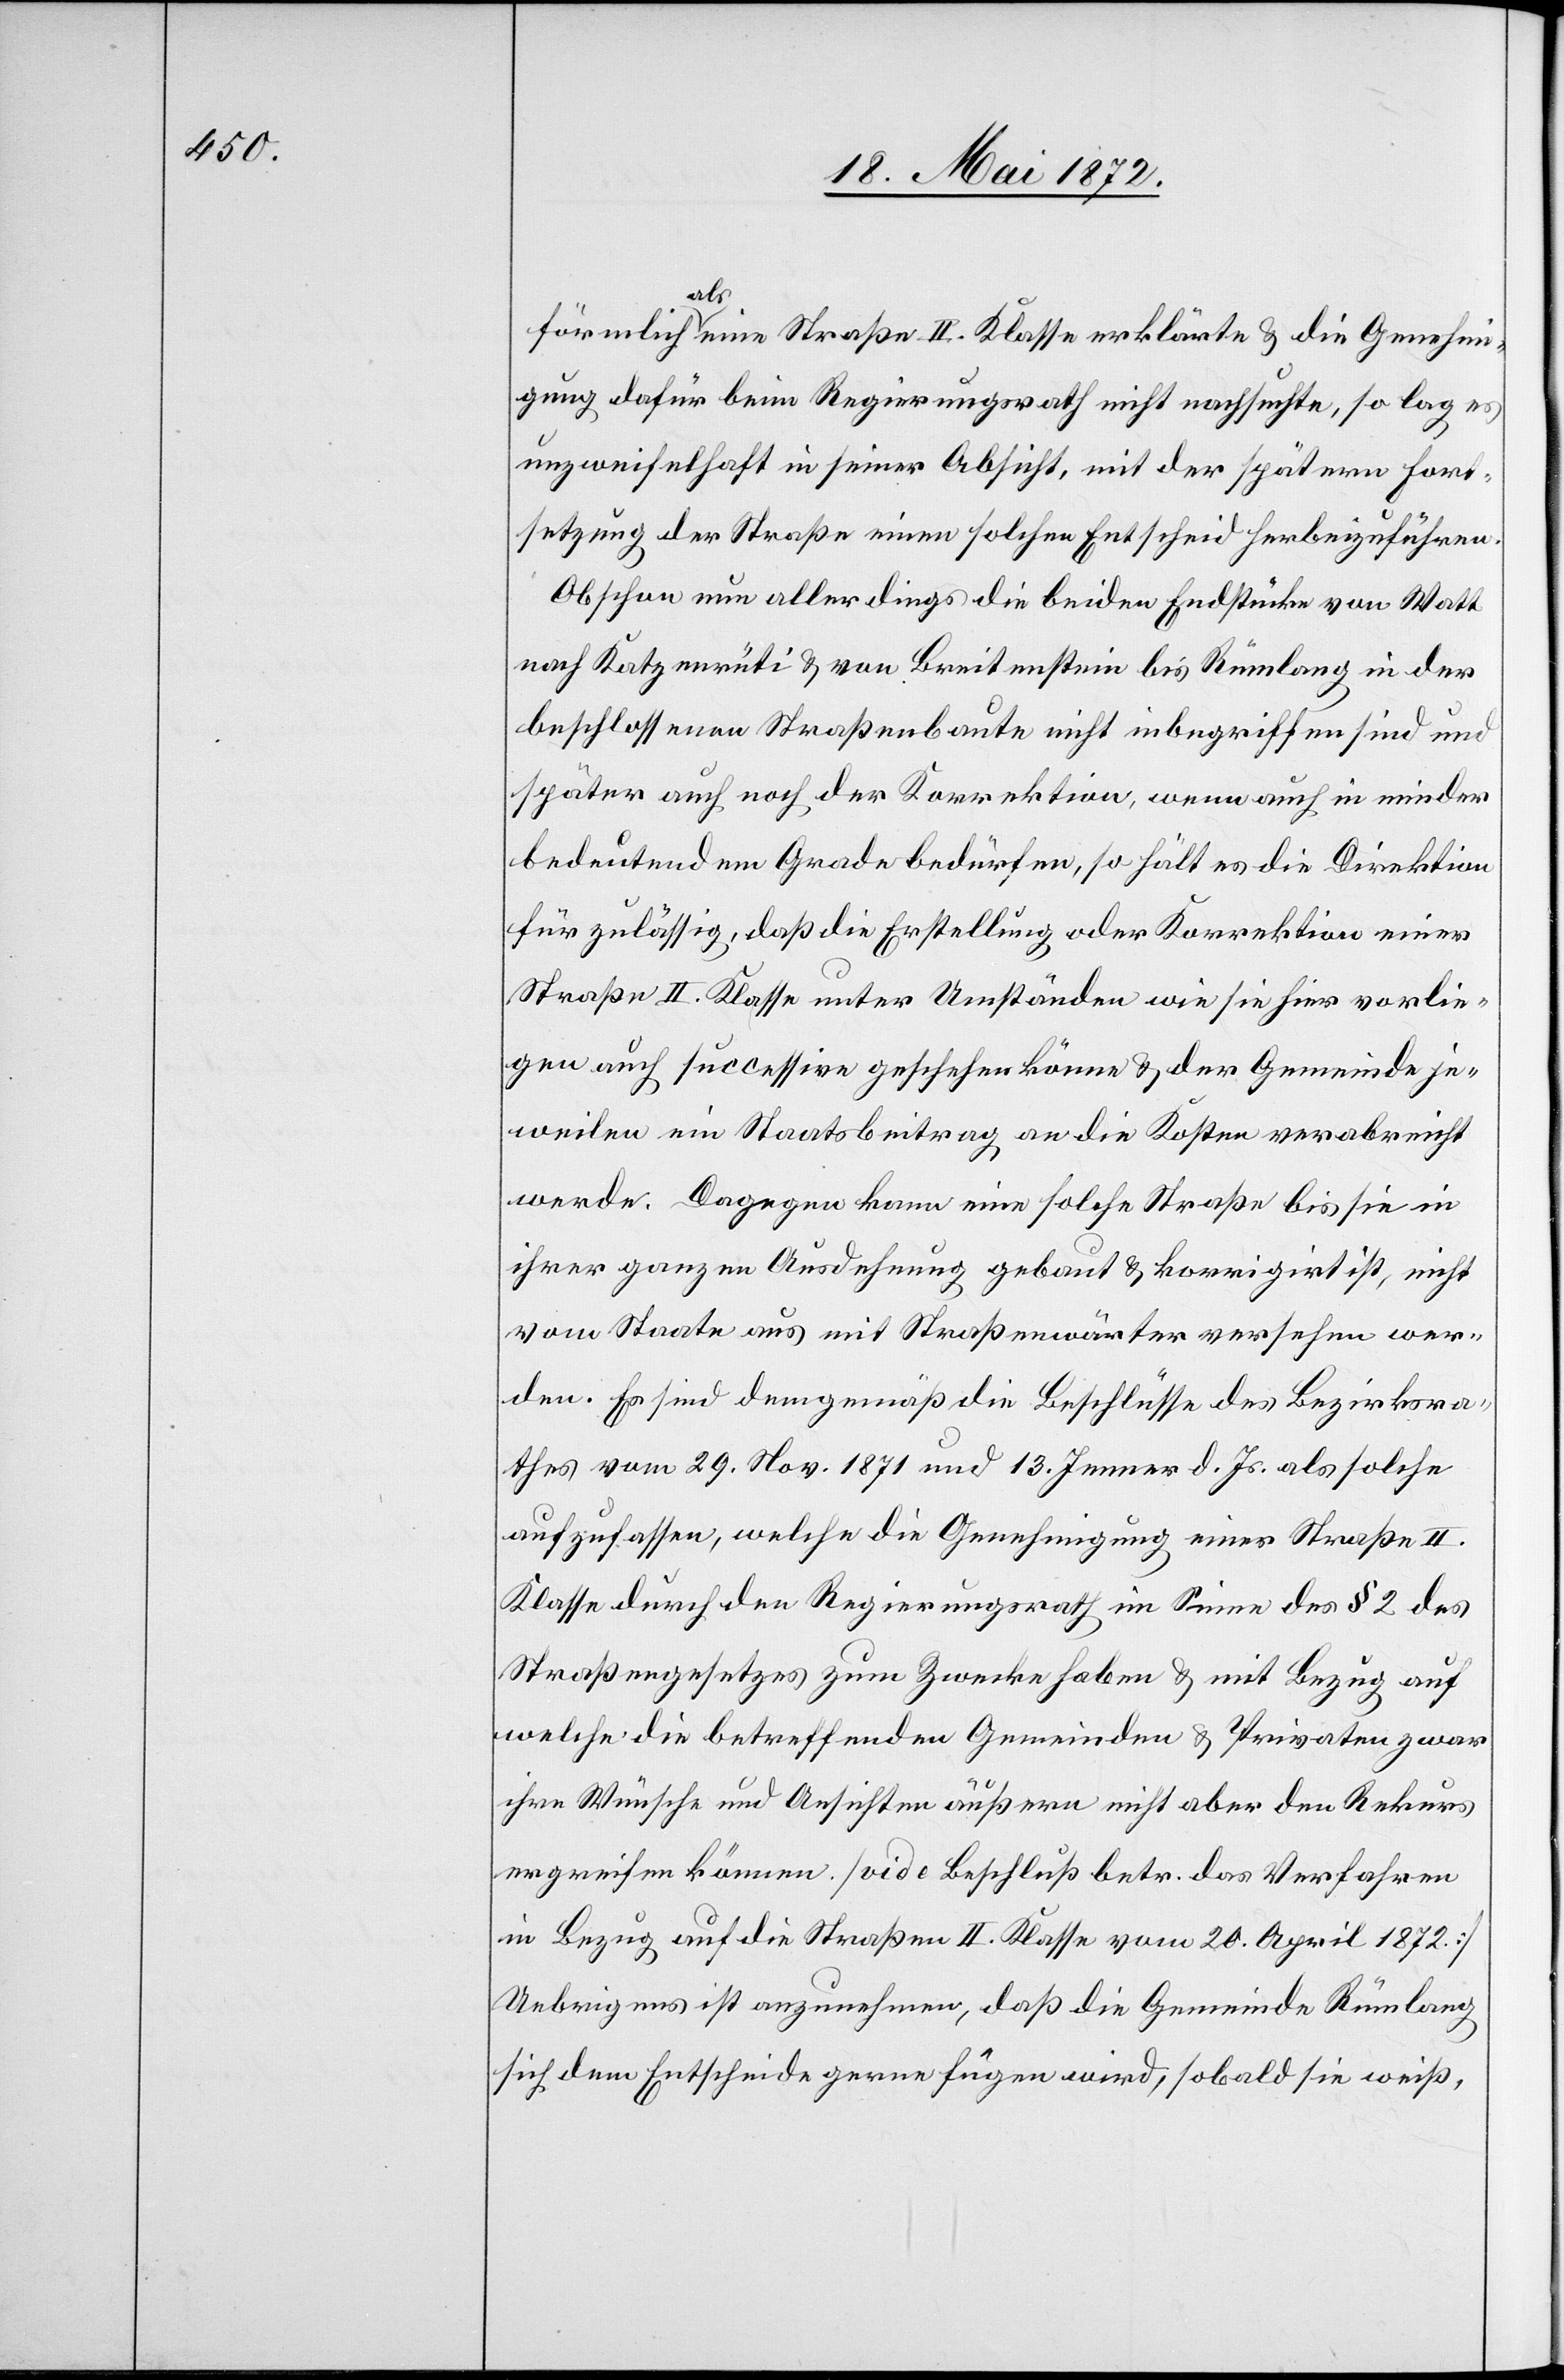
förmlich als eine Straße II. Klasse erklärte u. die Genehmi¬
gung dafür beim Regierungsrath nicht nachsuchte, so lag es
unzweifelhaft in seiner Absicht, mit der spätern Fort¬
setzung der Straße einen solchen Entscheid herbeizuführen.
Obschon nun allerdings die beiden Endstücke von Watt
nach Katzenrüti u. von Breitenstein bis Rümlang in der
beschlossenen Straßenbaute nicht inbegriffen sind und
später auch noch der Korrektion, wenn auch in minder
bedeutendem Gerade bedürfen, so hält es die Direktion
für unzulässig, daß die Erstellung oder Korrektion einer
Straße II. Klasse unter Umständen wie sie hier vorlie¬
gen auch successive geschehen könne u. der Gemeinde je¬
weilen ein Staatsbeitrag an die Kosten verabreicht
werde. Dagegen kann eine solche Straße bis sie in
ihrer ganzen Ausdehnung gebaut u. korrigirt ist, nicht
vom Staate aus mit Straßenwärtern versehen wer¬
den. Es sind demgemäß die Beschlüße des Bezirksra¬
thes vom 29. Nov. 1871 und 13. Jenner d. Js. als solche
aufzufassen, welche die Genehmigung einer Straße II.
Klasse durch den Regierungsrath im Sinne des § 2 des
Straßengesetzes zum Zwecke haben u. mit Bezug auf
welche die betreffenden Gemeinden u. Privaten zwar
ihre Wünsche und Ansichten äußern nicht aber den Rekurs
ergreifen können. [vide Beschluß betr. das Verfahren
in Bezug auf die Straßen II. Klasse vom 20. April 1872.]
Uebrigens ist anzunehmen, daß die Gemeinde Rümlang
sich dem Entscheide gerne fügen wird, sobald sie weiß,